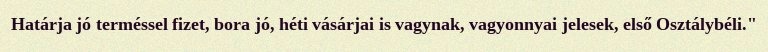
Határja jó terméssel fizet, bora jó, héti vásárjai is vagynak, vagyonnyai jelesek, első Osztálybéli."